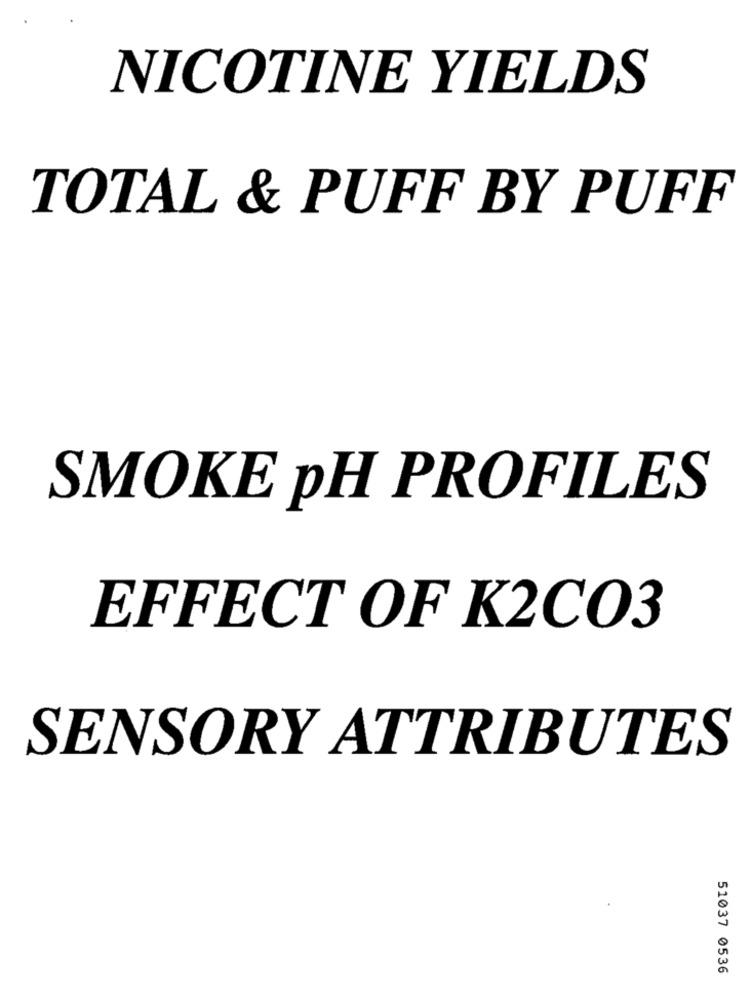
NICOTINE YIELDS
TOTAL & PUFF BY PUFF
SMOKE pH PROFILES
EFFECT OF K2CO3
SENSORY ATTRIBUTES
51037 0536